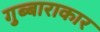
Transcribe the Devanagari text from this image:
गुब्बाराकार